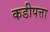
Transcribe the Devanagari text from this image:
कडीपत्ता